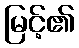
မြင့်၏